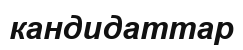
кандидаттар